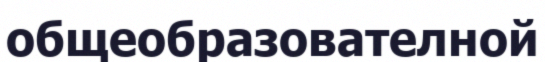
общеобразователной